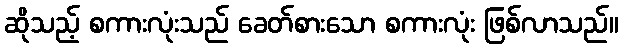
ဆိုသည့် စကားလုံးသည် ခေတ်စားသော စကားလုံး ဖြစ်လာသည်။